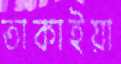
তাকাইয়া